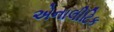
એનાલીટિક